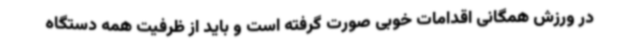
در ورزش همگانی اقدامات خوبی صورت گرفته است و باید از ظرفیت همه دستگاه